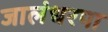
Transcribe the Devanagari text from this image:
जालंधरपा